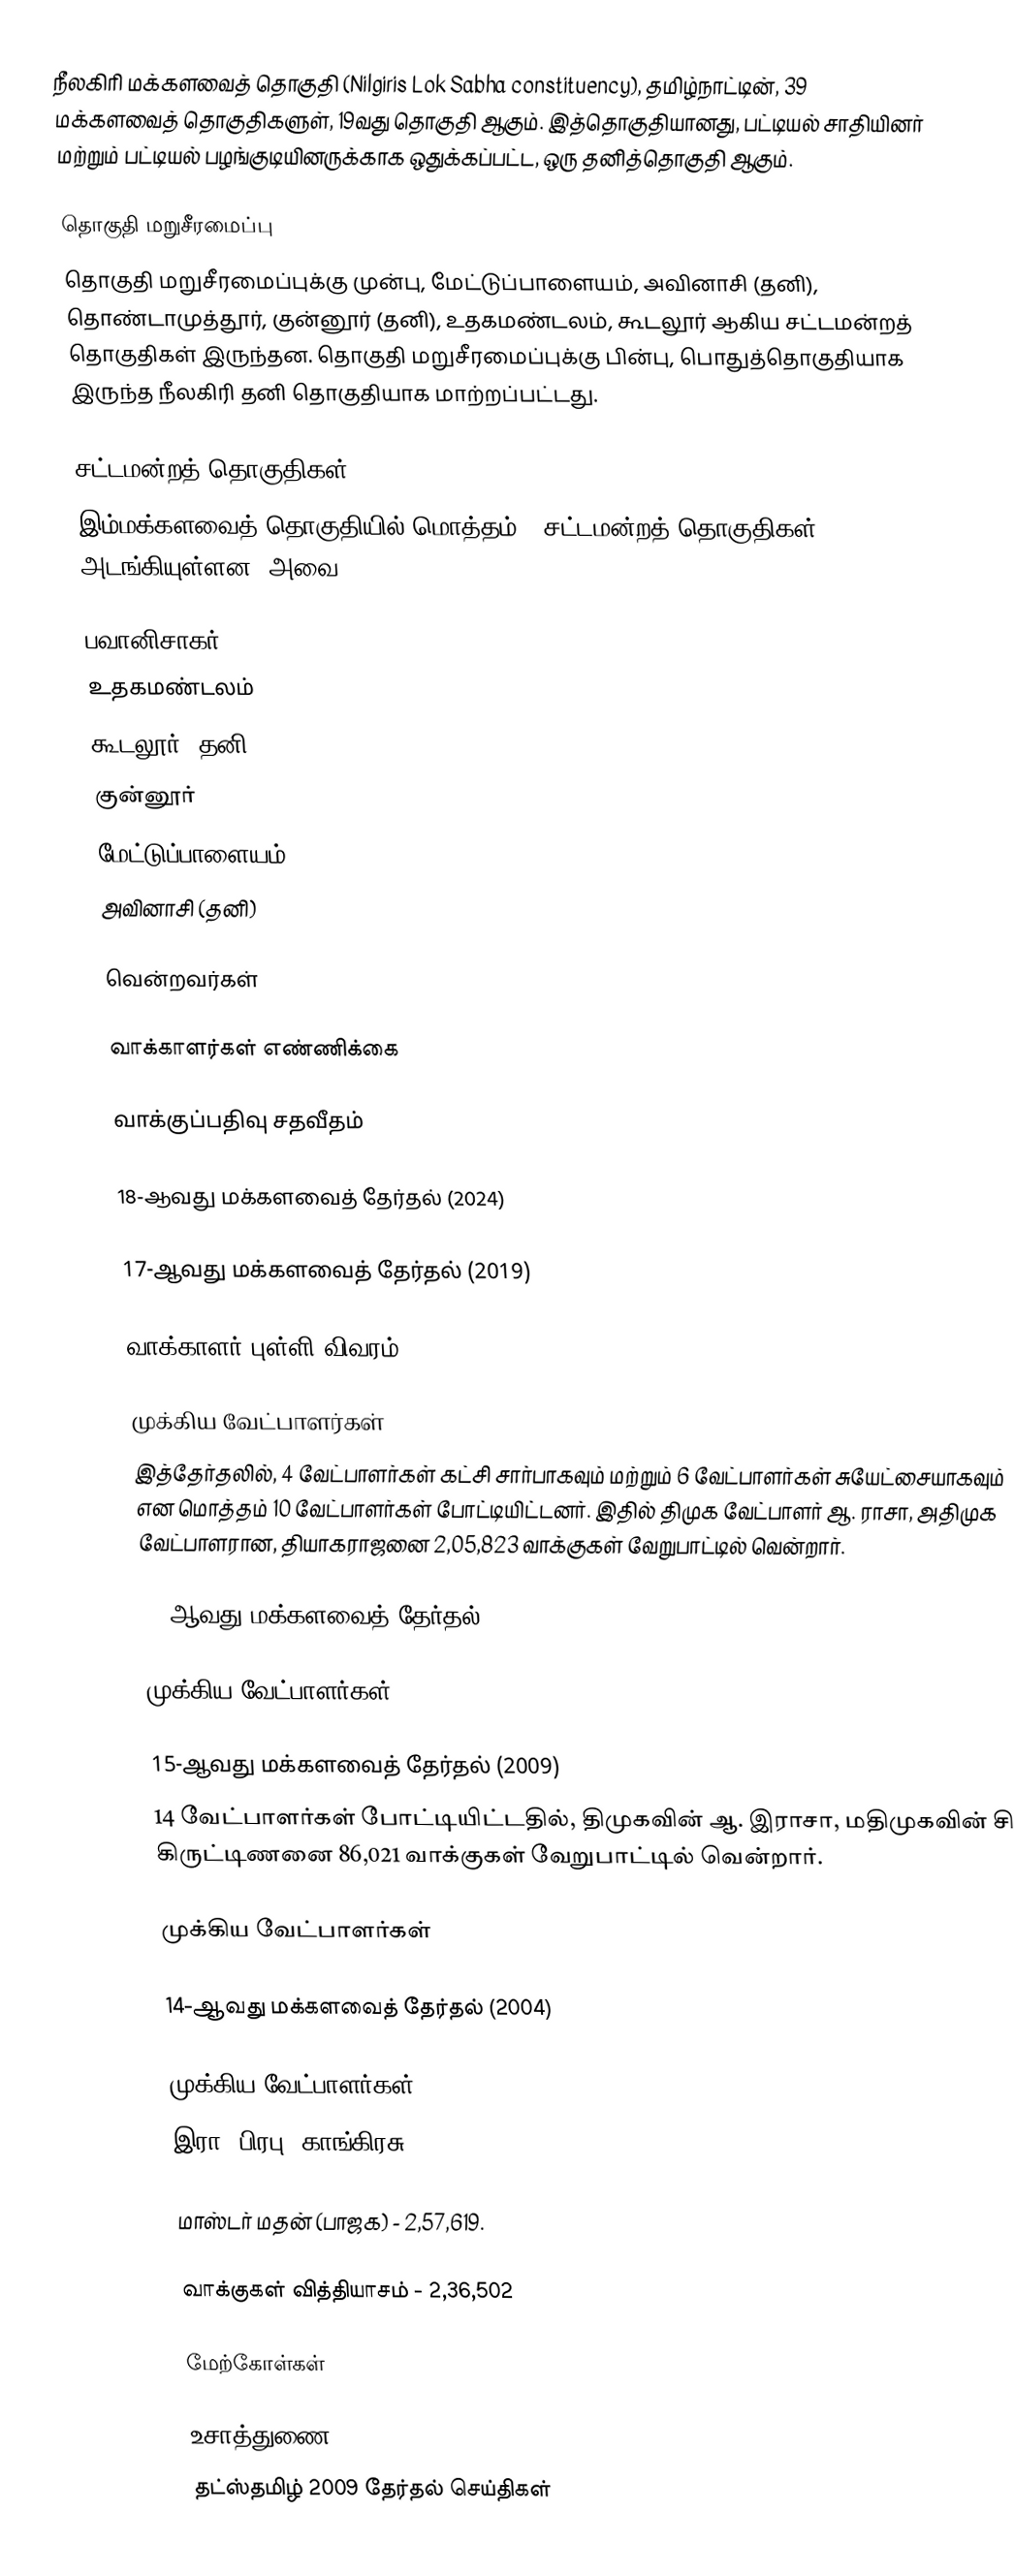
நீலகிரி மக்களவைத் தொகுதி (Nilgiris Lok Sabha constituency), தமிழ்நாட்டின், 39 மக்களவைத் தொகுதிகளுள், 19வது தொகுதி ஆகும். இத்தொகுதியானது, பட்டியல் சாதியினர் மற்றும் பட்டியல் பழங்குடியினருக்காக ஒதுக்கப்பட்ட, ஒரு தனித்தொகுதி ஆகும்.

தொகுதி மறுசீரமைப்பு
தொகுதி மறுசீரமைப்புக்கு முன்பு, மேட்டுப்பாளையம், அவினாசி (தனி), தொண்டாமுத்தூர், குன்னூர் (தனி), உதகமண்டலம், கூடலூர் ஆகிய சட்டமன்றத் தொகுதிகள் இருந்தன. தொகுதி மறுசீரமைப்புக்கு பின்பு, பொதுத்தொகுதியாக இருந்த நீலகிரி தனி தொகுதியாக மாற்றப்பட்டது.

சட்டமன்றத் தொகுதிகள்
இம்மக்களவைத் தொகுதியில் மொத்தம் 6 சட்டமன்றத் தொகுதிகள் அடங்கியுள்ளன. அவை:

 பவானிசாகர்
 உதகமண்டலம்
 கூடலூர் (தனி)
 குன்னூர்
 மேட்டுப்பாளையம்
 அவினாசி (தனி)

வென்றவர்கள்

வாக்காளர்கள் எண்ணிக்கை

வாக்குப்பதிவு சதவீதம்

18-ஆவது மக்களவைத் தேர்தல் (2024)

17-ஆவது மக்களவைத் தேர்தல் (2019)

வாக்காளர் புள்ளி விவரம்

முக்கிய வேட்பாளர்கள்
இத்தேர்தலில், 4 வேட்பாளர்கள் கட்சி சார்பாகவும் மற்றும் 6 வேட்பாளர்கள் சுயேட்சையாகவும் என மொத்தம் 10 வேட்பாளர்கள் போட்டியிட்டனர். இதில் திமுக வேட்பாளர் ஆ. ராசா, அதிமுக வேட்பாளரான, தியாகராஜனை 2,05,823 வாக்குகள் வேறுபாட்டில் வென்றார்.

16-ஆவது மக்களவைத் தேர்தல் (2014)

முக்கிய வேட்பாளர்கள்

15-ஆவது மக்களவைத் தேர்தல் (2009)
14 வேட்பாளர்கள் போட்டியிட்டதில், திமுகவின் ஆ. இராசா, மதிமுகவின் சி. கிருட்டிணனை 86,021 வாக்குகள் வேறுபாட்டில் வென்றார்.

முக்கிய வேட்பாளர்கள்

14-ஆவது மக்களவைத் தேர்தல் (2004)

முக்கிய வேட்பாளர்கள்
இரா. பிரபு (காங்கிரசு) - 4,94,121.

மாஸ்டர் மதன் (பாஜக) - 2,57,619.

வாக்குகள் வித்தியாசம் - 2,36,502

மேற்கோள்கள்

உசாத்துணை
 தட்ஸ்தமிழ் 2009 தேர்தல் செய்திகள்